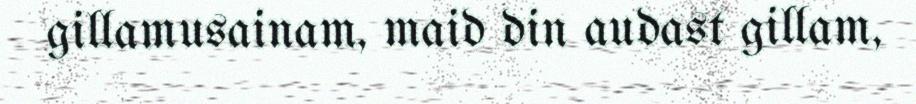
gillamusainam, maid din audast gillam,